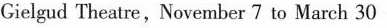
Cielgud Theatre, November 7 to March 30